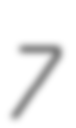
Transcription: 7